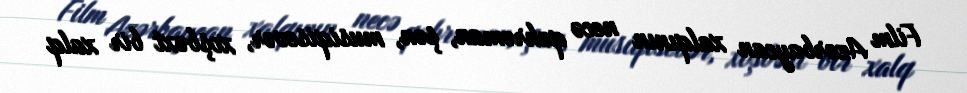
Film Azərbaycan xalqının necə qəhrəman, şən, musiqisevər, xoşbəxt bir xalq